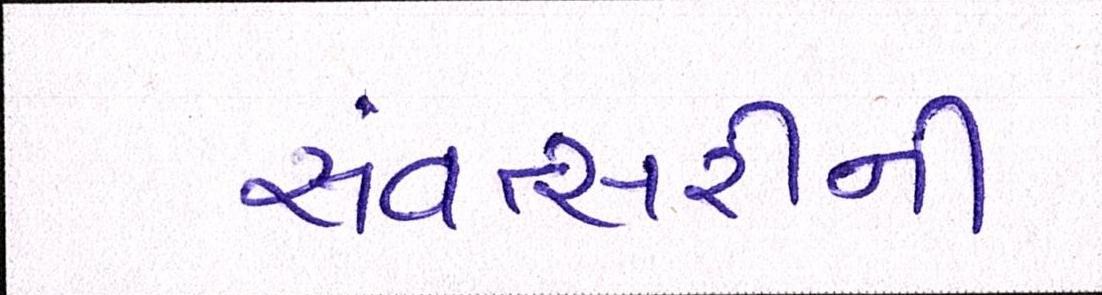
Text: સંવત્સરીની